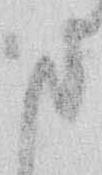
ま